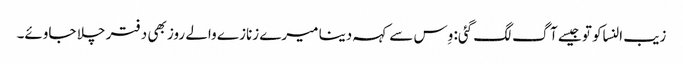
زیب النساکو تو جیسے آگ لگ گئی: وِس سے کہہ دینا میرے زنازے والے روز بھی دفتر چلا جاوئے۔